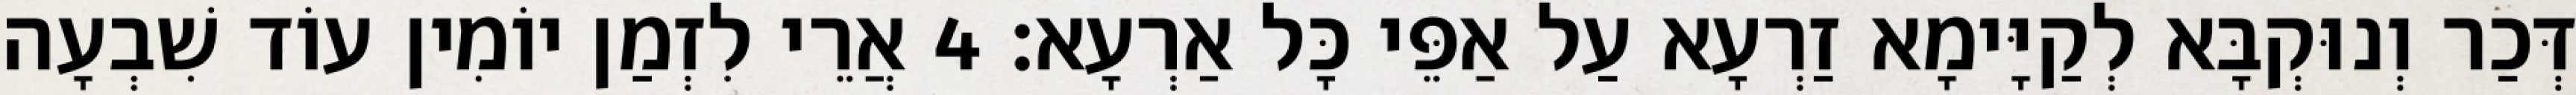
דְּכַר וְנוּקְבָּא לְקַיָּימָא זַרְעָא עַל אַפֵּי כָּל אַרְעָא׃ 4 אֲרֵי לִזְמַן יוֹמִין עוֹד שִׁבְעָה